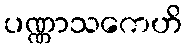
ပဏ္ဏာသကေဟိ